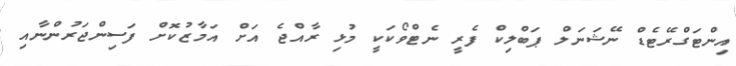
އިންޓަގްރޭޓެޑް ނޭޝަނަލް ޕަބްލިކް ފެރީ ނެޓްވޯކަކީ މުޅި ރާއްޖެ އަށް އަމާޒުކޮށް ފަސިންޖަރުންނާއި